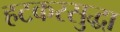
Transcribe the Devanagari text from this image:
हटकरसुद्धा